Burma Government Medical School reports 1907-22
Year: 1907
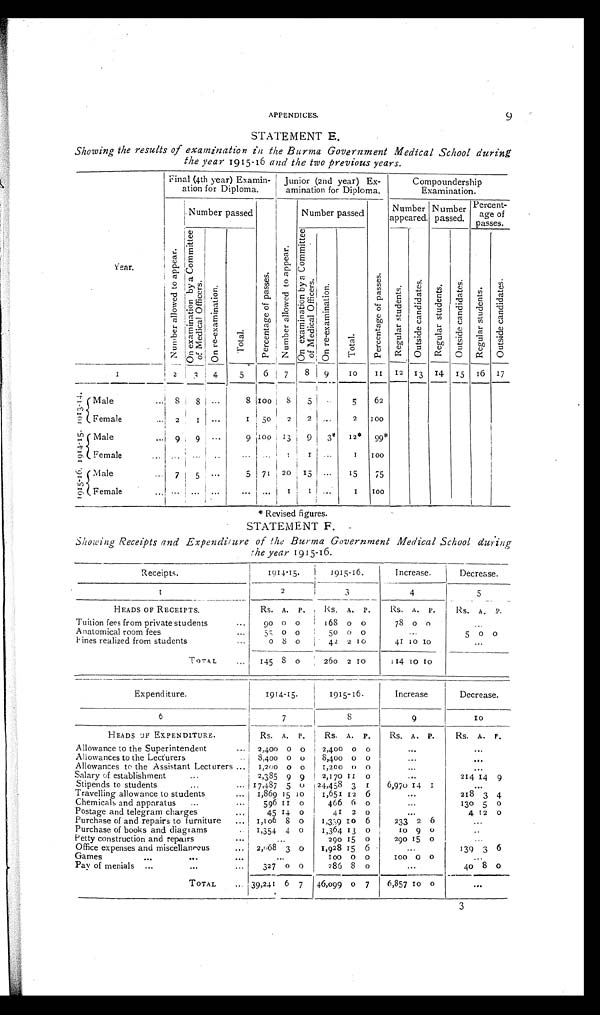
APPENDICES.
9
STATEMENT E.
Showing the results of examination in the Burma Government Medical School during
the year 1915-16 and the two previous years.
Year.
Final (4th year) Examina-
tion for Diploma.
Junior (2nd year) Ex-
amination for Diploma.
Compoundership
Examination.
N u m b e r a l l o w e d t o a p p e a r . Number passed Per cent age of pas s es . Nu mb e r a l l o we d t o a p p e a r . Number passed Per cent age of pas s es . Number
appeared.
Number
passed.
Percent-
age of
passes.
O n e x a m i n a t i o n b y a C o m m i t t e e o f M e d i c a l O f f i c e r s .
O n r e - e x a m i n a t i o n .
Total.
O n e x a m i n a t i o n b y a C o m m i t t e e o f M e d i c a l O f f i c e r s .
O n r e - e x a m i n a t i o n .
Tot al .
R e g u l a r s t u d e n t s .
O u t s i d e c a n d i d a t e s . R e g u l a r s t u d e n t s . O u t s i d e c a n d i d a t e s .
R e g u l a r s t u d e n t s .
O u t s i d e c a n d i d a t e s .
1
2
3
4
5
6
7
8
9
10 11 12 13 14
15
16 17
1 9 1 3 - 1 4 Male
... 8 8 ...
8 100 8
5
...
5
62
Female
... 2
1 ...
1 50 2
2
...
2 100
1 9 1 4 - 1 5 Male
... 9
9 ...
9 100 13
9 3* 12* 99*
Female ...
. . .
...
...
... ...
1 1 ...
1 100
1 9 1 5 - 1 6 Male
... 7 5
... 5
71
20 15 ...
15
75
Female
... ...
... ... ...
... 1
1 ...
1 100
* Revised figures.
STATEMENT F.
Showing Receipts and Expenditure of the Burma Government Medical School during
the
year 1915-16.
Receipts.
1914-15.
1915-16.
Increase.
Decrease.
1
2
3
4
5
HEADS OF RECEIPTS.
RS. A. P.
Rs. A. P.
RS. A. P.
Rs. A. P.
Tuition fees from private students
...
90 0 0 168 0 0
78 0 0 ...
Anatomical room fees
...
55 0 0
50 0 0 ...
5 0
0
Fines realized from students
...
0 8 0
42 2 10
41 10 10 ...
T O T A L
. . .
145 8 0
260 2 10
114 10 10
Expenditure.
1914-15.
1915-16.
Increase.
Decrease.
6
7
8
9
10
HEADS OF EXPENDITURE.
Rs. A. P.
Rs. A. P.
Rs. A. P.
RS. A. P.
Allowance to the Superintendent
... 2,400 0 0
2,400 0 0 ...
...
Allowances to the Lecturers
.. 8,400 0 0
8,400 0 0 ...
...
Allowances to the Assistant Lecturers ... 1,200 0 0 1,200 0 0 ...
...
Salary of establishment
...
2,385 9 9
2,170 11 0 ...
214 14 9
Stipends to students
...
... 17,487 5 0 24,458 3 1
6,970 14 1
. . .
T r a v e l l i n g a l l o w a n c e t o s t u d e n t s . . .
1,869 15 10
1,651 12 6 ...
218 3 4
Chemicals and apparatus
...
...
596 11 0
466 6 0 ...
130 5 0
Postage and telegram charges
...
45 14 0
41 2 0 ...
4 12 0
Purchase of and repairs to furniture
... 1,106 8 0
1,339 I0 6
233 2 6 ...
Purchase of books and diagrams
... 1,354 4 0
1,364 13 0
10 9 0 ...
Petty construction and repairs
... ...
290 15 0
290 15 0 ...
Office expenses and miscellaneous
... 2,068 3 0
1,928 15 6 ...
139 3 6
Games
...
...
... ...
100 0 0
100 0 0
. . .
Pay of menials . . . . . . . . .
327 0 0
286 8 0 ...
40 8
0
TOTAL
... 39,241 6 7 46,099 0 7
6,857 10 0 ...
3